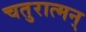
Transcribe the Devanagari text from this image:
चतुरात्मन्